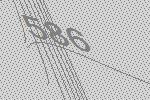
586